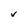
Character: v